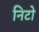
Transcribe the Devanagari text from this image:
निटो